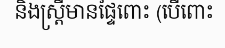
និងស្ត្រីមានផ្ទៃពោះ (បើពោះ